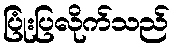
ပြုံးပြလိုက်သည်